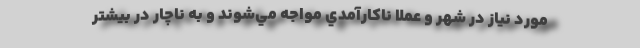
مورد نياز در شهر و عملا ناكارآمدي مواجه مي‌شوند و به ناچار در بيشتر